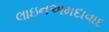
લાઇનઅમદાવાદ